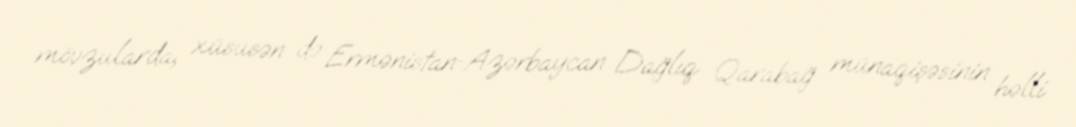
mövzularda, xüsusən də Ermənistan-Azərbaycan Dağlıq Qarabağ münaqişəsinin həlli